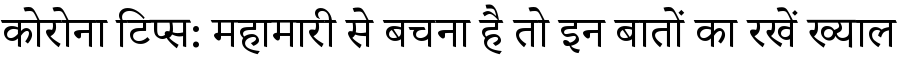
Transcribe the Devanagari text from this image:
कोरोना टिप्स: महामारी से बचना है तो इन बातों का रखें ख्याल